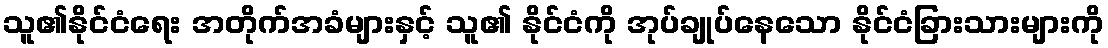
သူ၏နိုင်ငံရေး အတိုက်အခံများနှင့် သူ၏ နိုင်ငံကို အုပ်ချုပ်နေသော နိုင်ငံခြားသားများကို